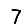
Digit: 7